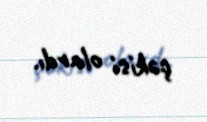
çəkisi olardı.